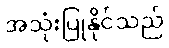
အသုံးပြုနိုင်သည်